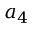
a _ { 4 }